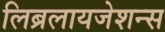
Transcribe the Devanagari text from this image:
लिब्रलायजेशन्स